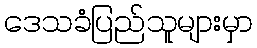
ဒေသခံပြည်သူများမှာ